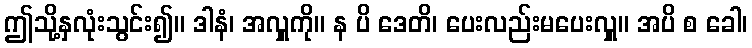
ဤသို့နှလုံးသွင်း၍။ ဒါနံ၊ အလှူကို။ န ပိ ဒေတိ၊ ပေးလည်းမပေးလှူ။ အပိ စ ခေါ၊